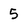
Character: 5